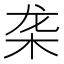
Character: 𬺜